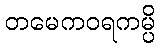
တမေကဝရကမ္ပိ